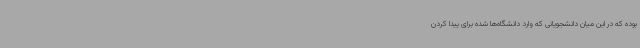
بوده که در این میان دانشجویانی که وارد دانشگاه‌ها شده برای پیدا کردن